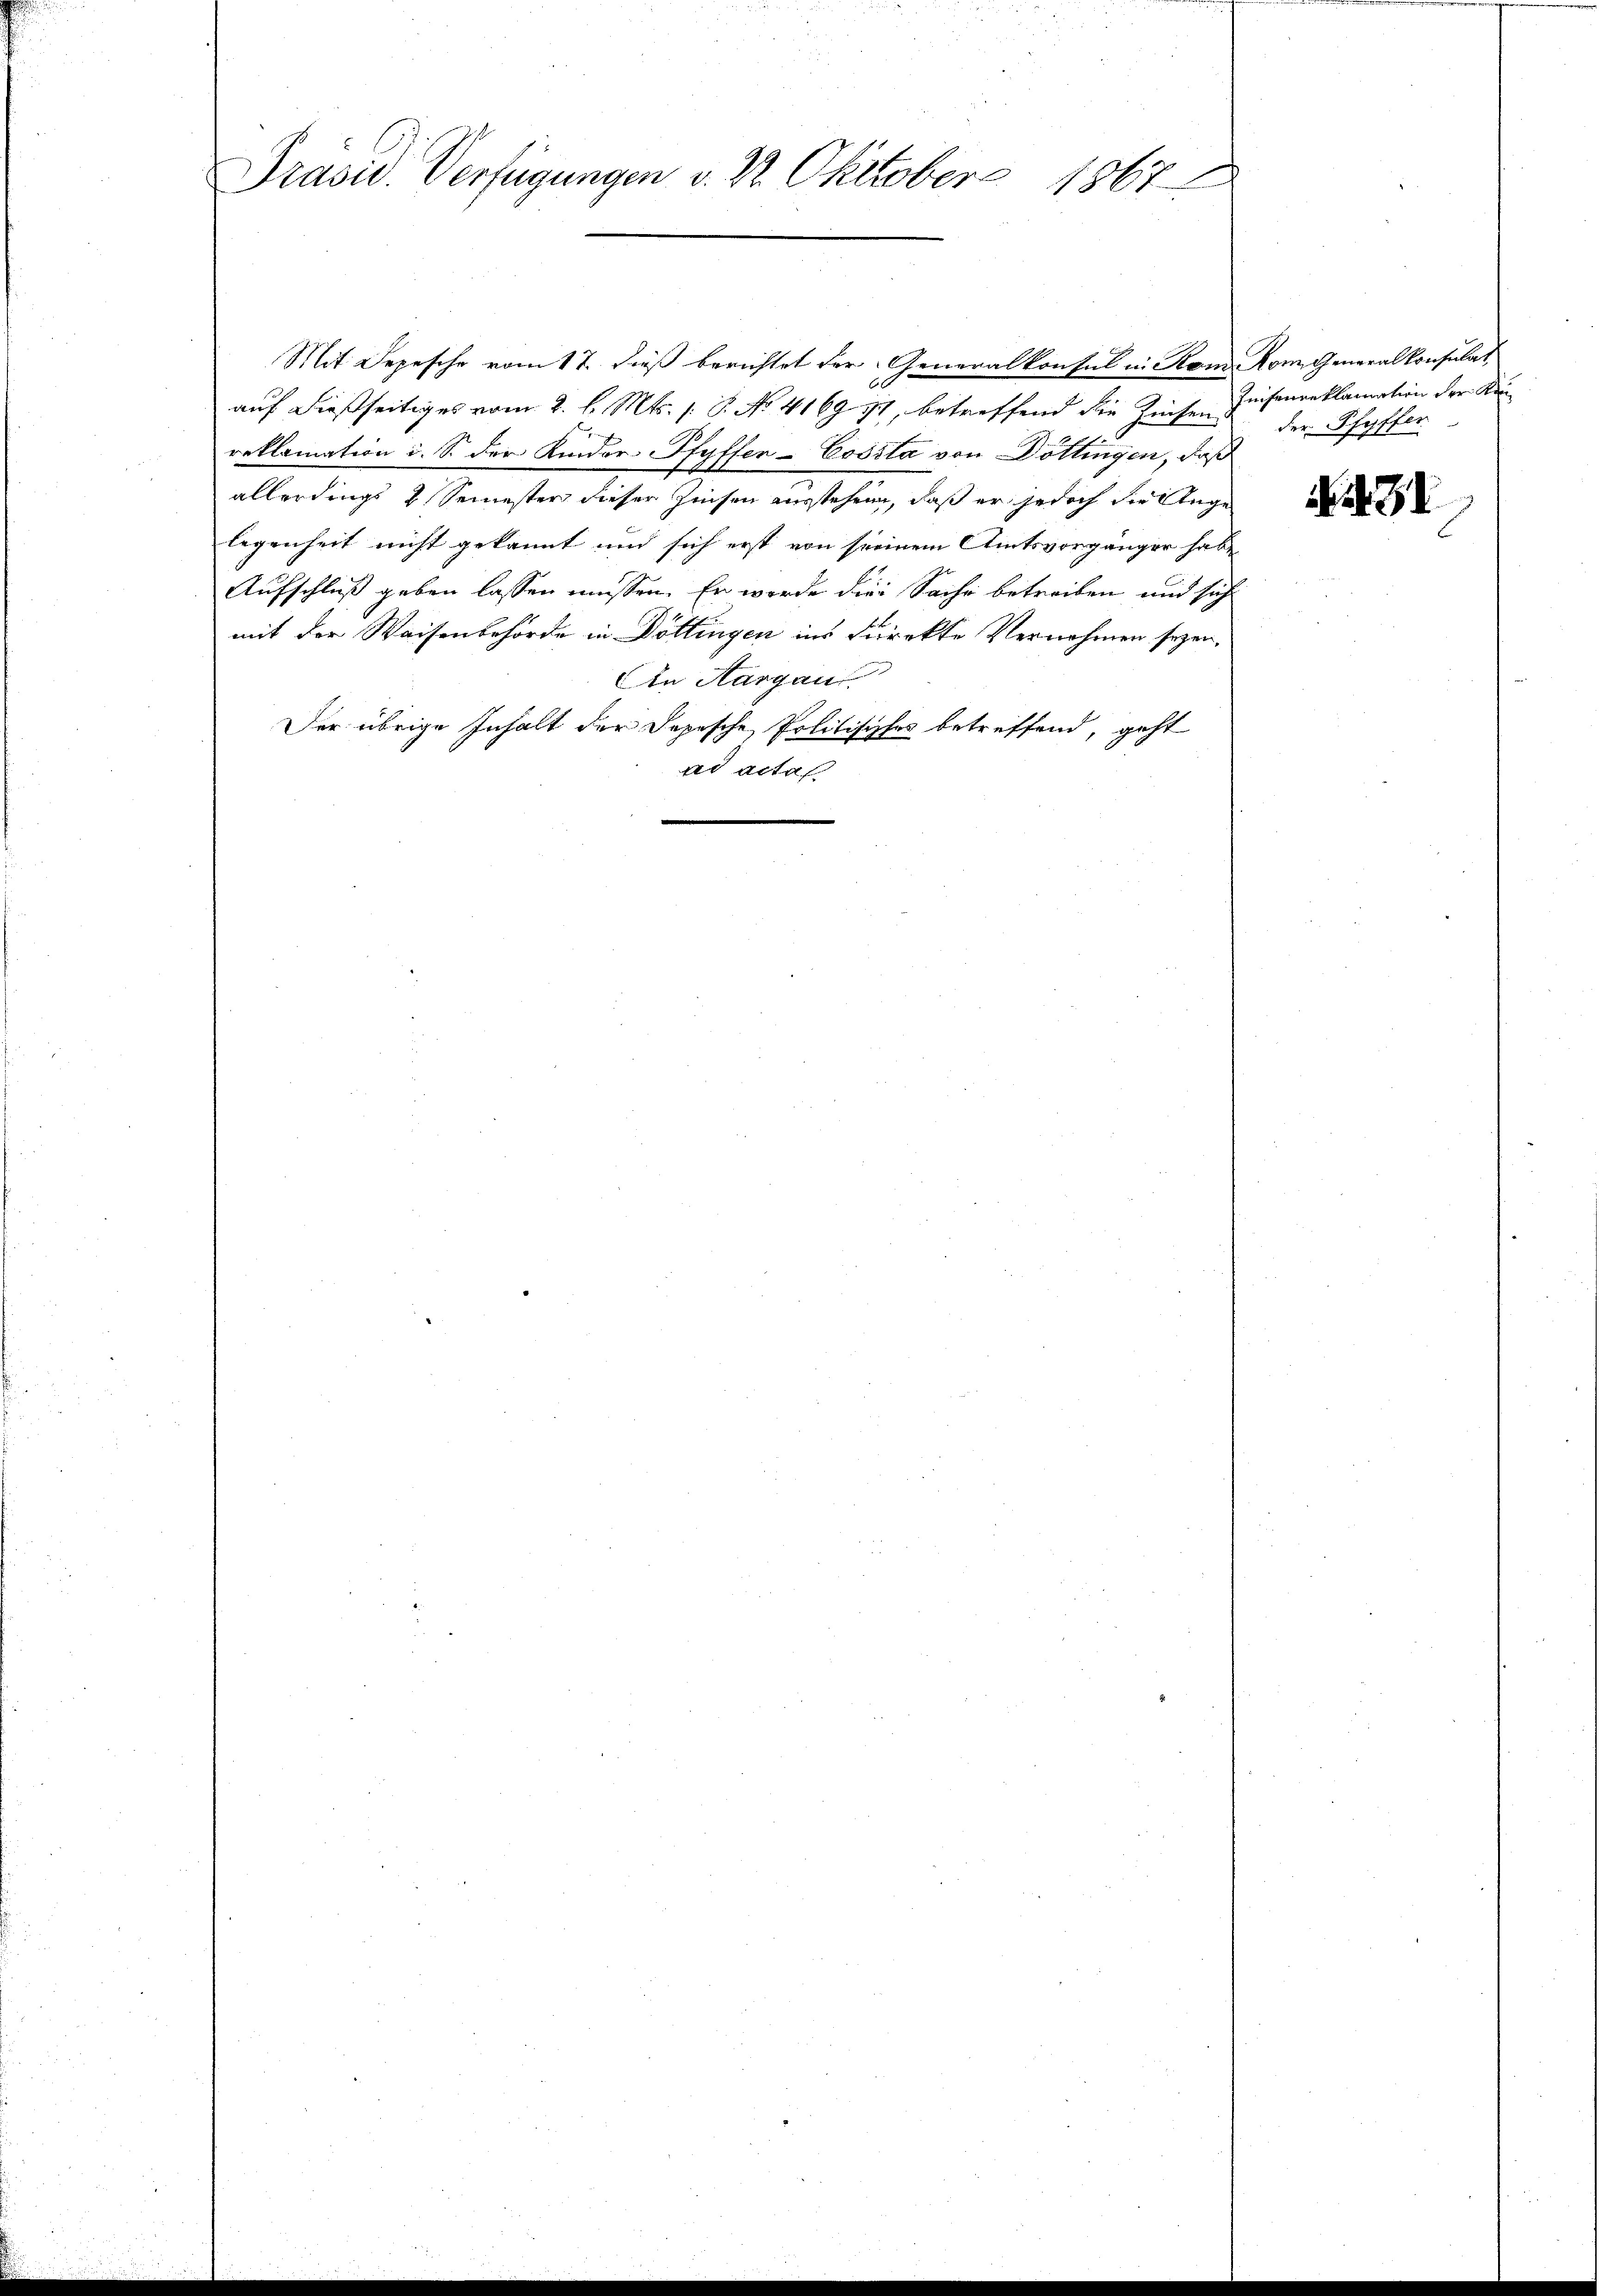
Prasis. Verfügungen v. 22. Oktober 1867

Mit Depesche vom 17. dieß berichtet der Generalkonsul in Rom. Rom. Generalkonsulat
auf dießseitiges vom 2. l. Mts. /: P. No. 4169. 71, betreffend die Zinsen
reklamation i. S. der Kinder-Pfyffer-Cosita von Döttingen, daß
allerdings 2 Semester dieser Zinsen ausstehen, daß er jedoch die Ange
legenheit nicht gekannt und sich erst von seinem Amtsvorgänger habe
Aufschluß geben lassen müssen. Er werde die Sache betreiben und sich
mit der Waisenbehörde in Döttingen ins Direkte Vernehmen seyen,
Ain Aargau.
Der übrige Inhalt der Dopische Politisches betreffend, geht
ad acta

Zeisengeklamation der Kander Pfyffer

231